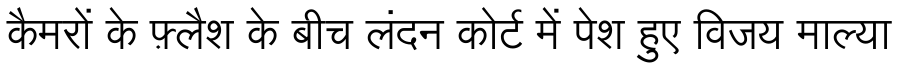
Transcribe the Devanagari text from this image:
कैमरों के फ़्लैश के बीच लंदन कोर्ट में पेश हुए विजय माल्या